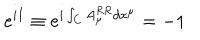
e ^ { i I } \equiv e ^ { i \int _ { C } A _ { \mu } ^ { R R } d x ^ { \mu } } = - 1